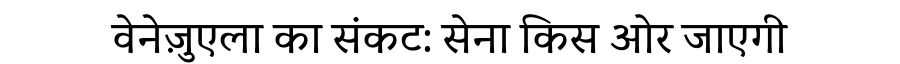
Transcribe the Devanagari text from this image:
वेनेज़ुएला का संकट: सेना किस ओर जाएगी